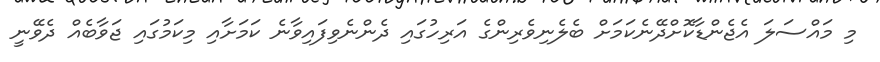
މި މައްސަލަ އެޖެންޑާކޮށްދޭނެކަމަށް ބެލެނިވެރިންގެ އަރިހުގައި ދެންނެވިފައިވާނެ ކަމަށާއި މިކަމުގައި ޖަވާބެއް ދެވޭނީ